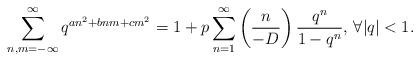
LaTeX: \begin{align*}\sum^{\infty}_{n,m=-\infty}q^{an^2+bnm+cm^2}=1+p\sum^{\infty}_{n=1}\left(\frac{n}{-D}\right)\frac{q^n}{1-q^n}\textrm{, }\forall |q|<1.\end{align*}